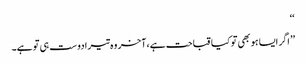
‘‘
’’ اگر ایسا ہو بھی تو کیا قباحت ہے،آخر وہ تیرا دوست ہی تو ہے۔